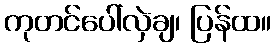
ကုတင်ပေါ်လှဲချ၊ ပြန်ထ။